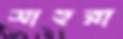
সাহরা